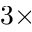
3 \times